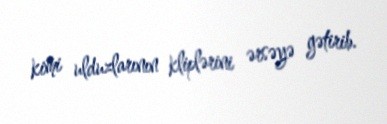
kimi ulduzlarının kliplərini ərsəyə gətirib.